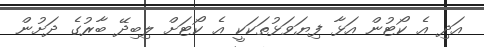
އަދި އެ ކޯޓުން އަޅާ ފިޔަވަޅުތަކަކީ އެ ކޯޓަށް ލިބިދޭ ބާރުގެ ދަށުން